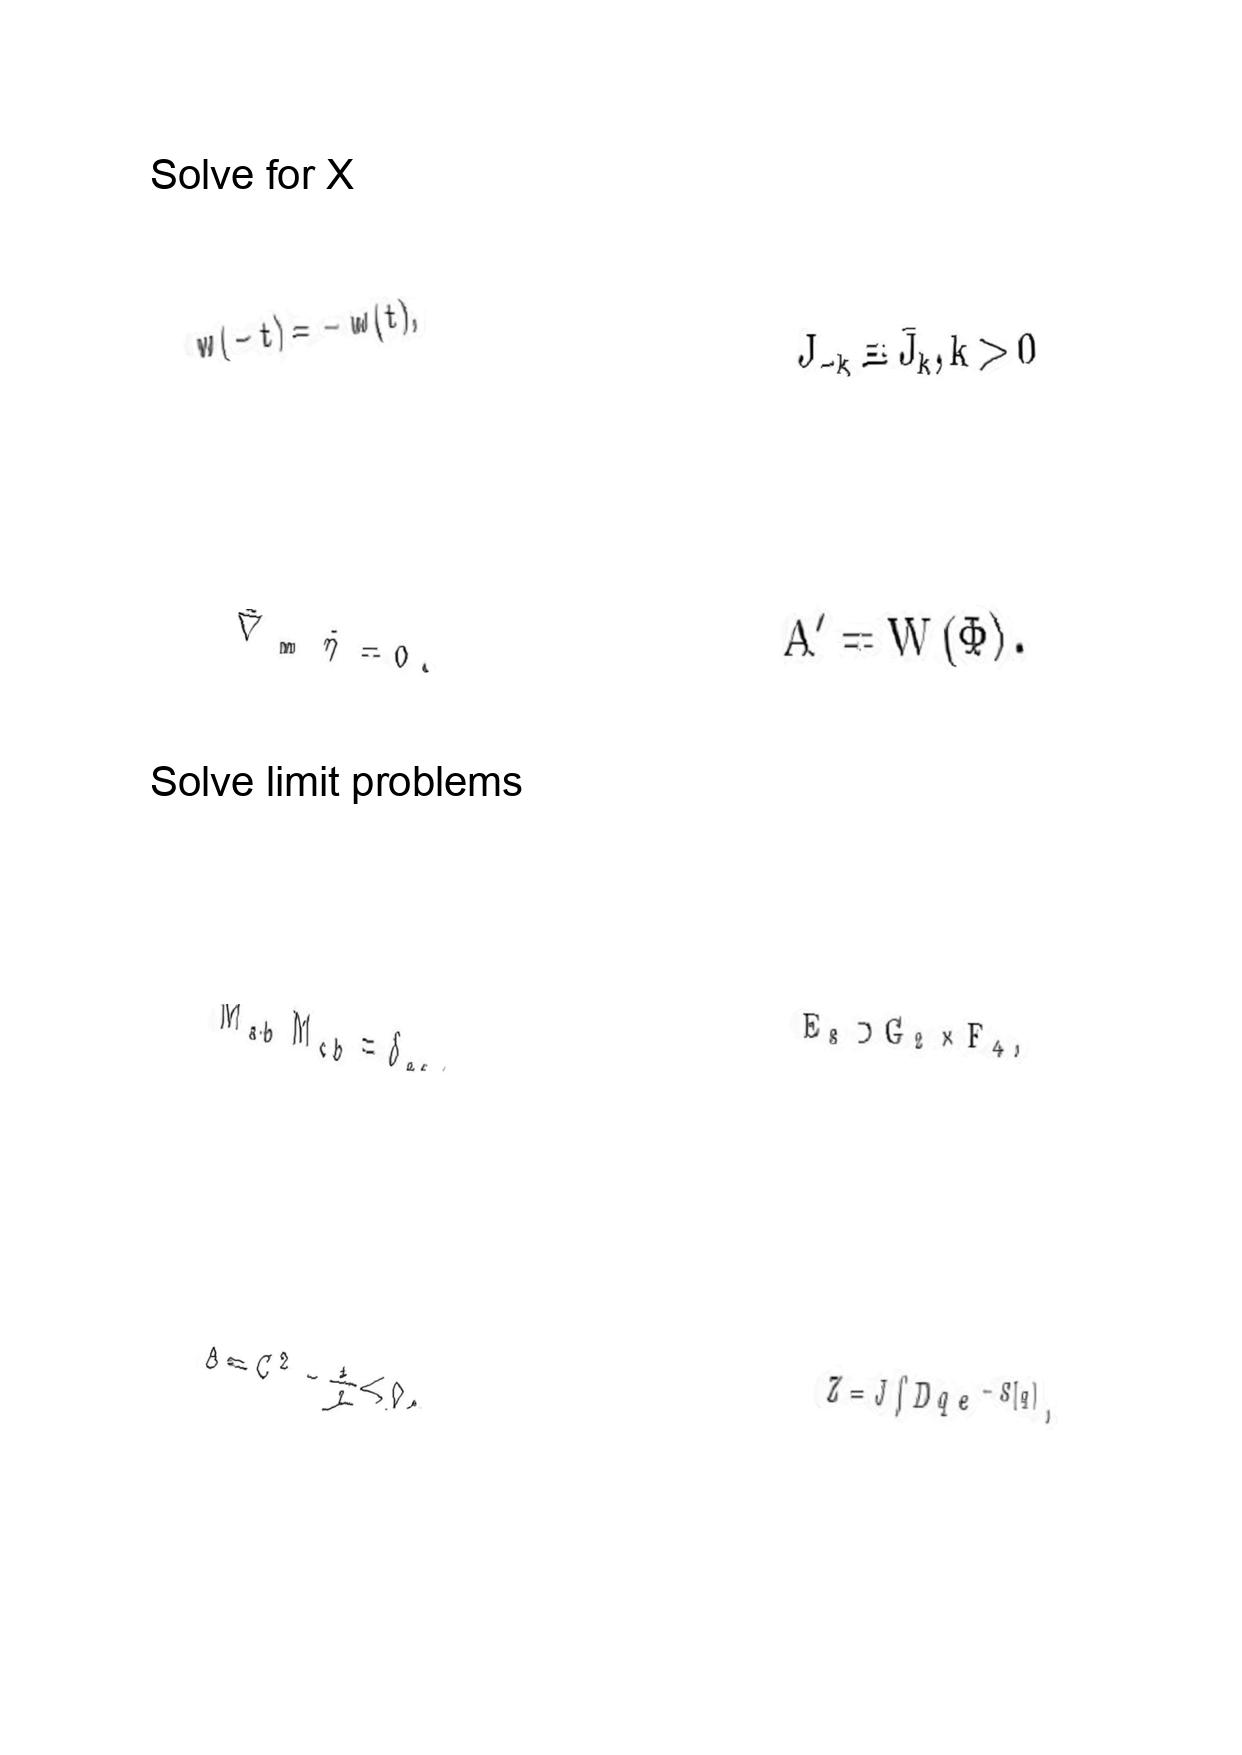
LaTeX transcription:
w \lparen - t \rparen = - w \lparen t \rparen ,
\hat { \nabla } _ { m } \tilde { \eta } = 0 .
M _ { a b } M _ { c b } = \delta _ { a c } ,
\Delta = C ^ { 2 } - \frac { 1 } { 2 } \lt 0 .
J _ { - k } \equiv \bar { J } _ { k } , k \gt 0
A ^ { \prime } = W \lparen \Phi \rparen .
E _ { 8 } \supset G _ { 2 } \times F _ { 4 } ,
Z = J \int D q e ^ { - S \lbrack q \rbrack } ,